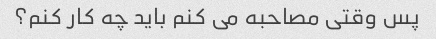
پس وقتی مصاحبه می کنم باید چه کار کنم؟